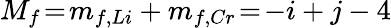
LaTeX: M_{f}\! =\! m_{f,Li}+m_{f,Cr}\! =\! -i+j-4